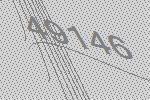
49146